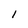
Character: l